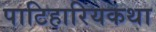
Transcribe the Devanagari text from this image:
पाटिहारियकथा